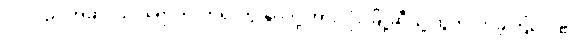
ဂွဒ်လည်းအဆင်သင့်ရောက်လာ၍ ကျွန်ုပ်တို့ အားလုံး မြို့ဆီသို့ ထွက်လာခဲ့ကြလေ၏။